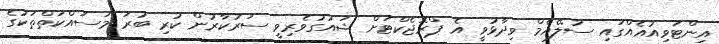
އިންޓަވިއުއެއްގައި ސުލޭއެމް ވިދާޅުވީ އެ ޕްރޮޖެކްޓަށް ޝައުގުވެރިވީ ސަރުކާރުން ކުރި ބުރަ މަސައްކަތްތަކުގެ